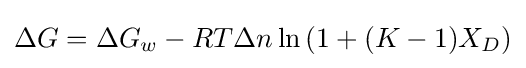
\Delta G=\Delta G_{w}-RT\Delta n\ln \left(1+(K-1)X_{D}\right)